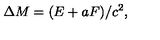
\Delta M = ( E + a F ) / c ^ { 2 } ,